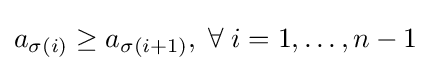
a_{\sigma (i)}\geq a_{\sigma (i+1)},\;\forall \;i=1,\ldots ,n-1